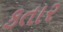
કતાર